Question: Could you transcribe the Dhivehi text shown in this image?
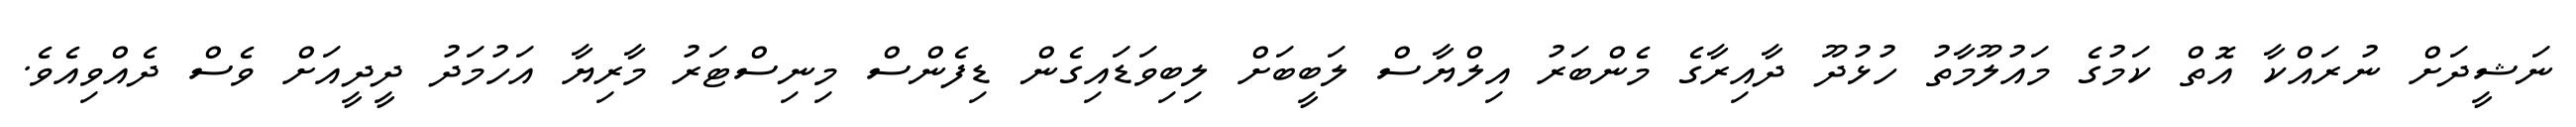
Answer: ނަޝީދަށް ނުރައްކާ އޮތް ކަމުގެ މައުލޫމާތު ހުޅުދޫ ދާއިރާގެ މެންބަރު އިލްޔާސް ލަބީބަށް ލިބިވަޑައިގެން ޑިފެންސް މިނިސްޓަރު މާރިޔާ އަހުމަދު ދީދީއަށް ވެސް ދެއްވިއެވެ.